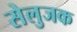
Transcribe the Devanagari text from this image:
सेलुजक